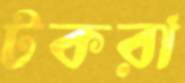
টকরা